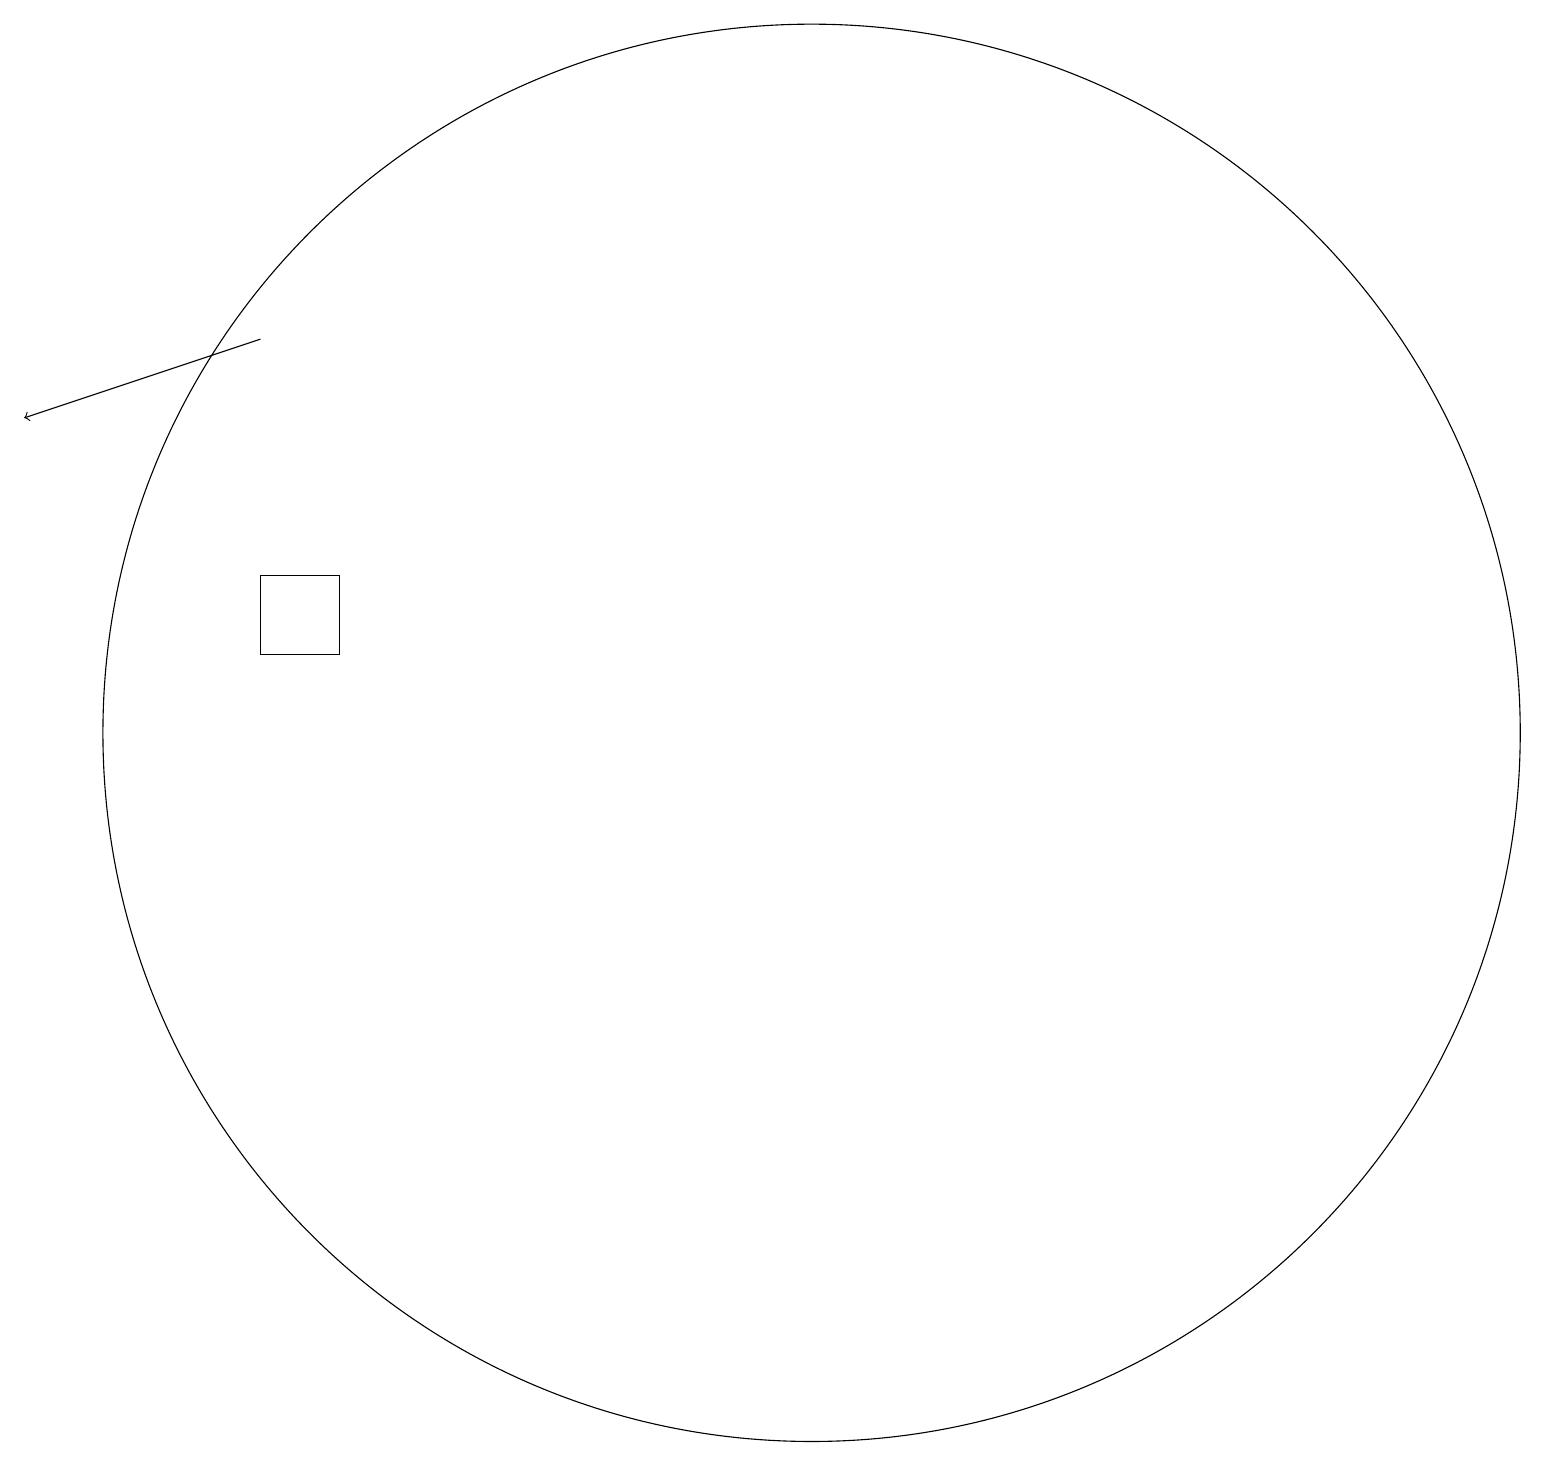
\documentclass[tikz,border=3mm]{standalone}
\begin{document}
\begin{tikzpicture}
\draw[->] (5,15) -- (2,14);
\draw (12,10) circle (9);
\draw (5,11) rectangle (6,12);
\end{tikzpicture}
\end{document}